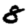
Digit: 8